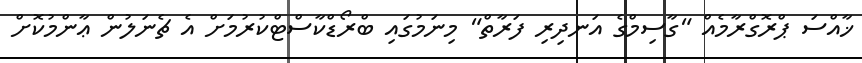
ޚާއްސަ ޕްރޮގްރާމެއް "ގާސިމްގެ އަނދިރި ފަރާތް" މިނަމުގައި ބްރޯޑްކާސްޓްކުރުމަށް އެ ޗެނަލުން ޢާންމުކޮށް